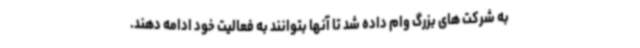
به شرکت های بزرگ وام داده شد تا آنها بتوانند به فعالیت خود ادامه دهند.